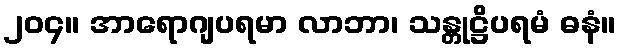
၂၀၄။ အာရောဂျပရမာ လာဘာ၊ သန္တုဋ္ဌိပရမံ ဓနံ။